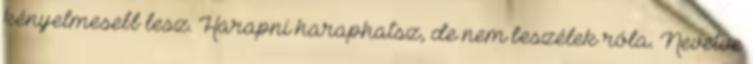
kényelmesebb lesz. Harapni haraphatsz, de nem beszélek róla. Nevetve